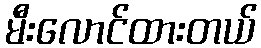
မီးလောင်ထားတယ်